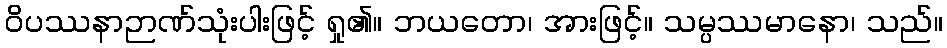
ဝိပဿနာဉာဏ်သုံးပါးဖြင့် ရှု၏။ ဘယတော၊ အားဖြင့်။ သမ္ပဿမာနော၊ သည်။